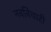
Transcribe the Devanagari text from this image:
नवविचारी